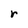
Character: r